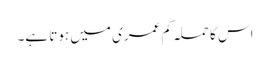
اس کا حملہ کم عمری میں ہوتا ہے۔